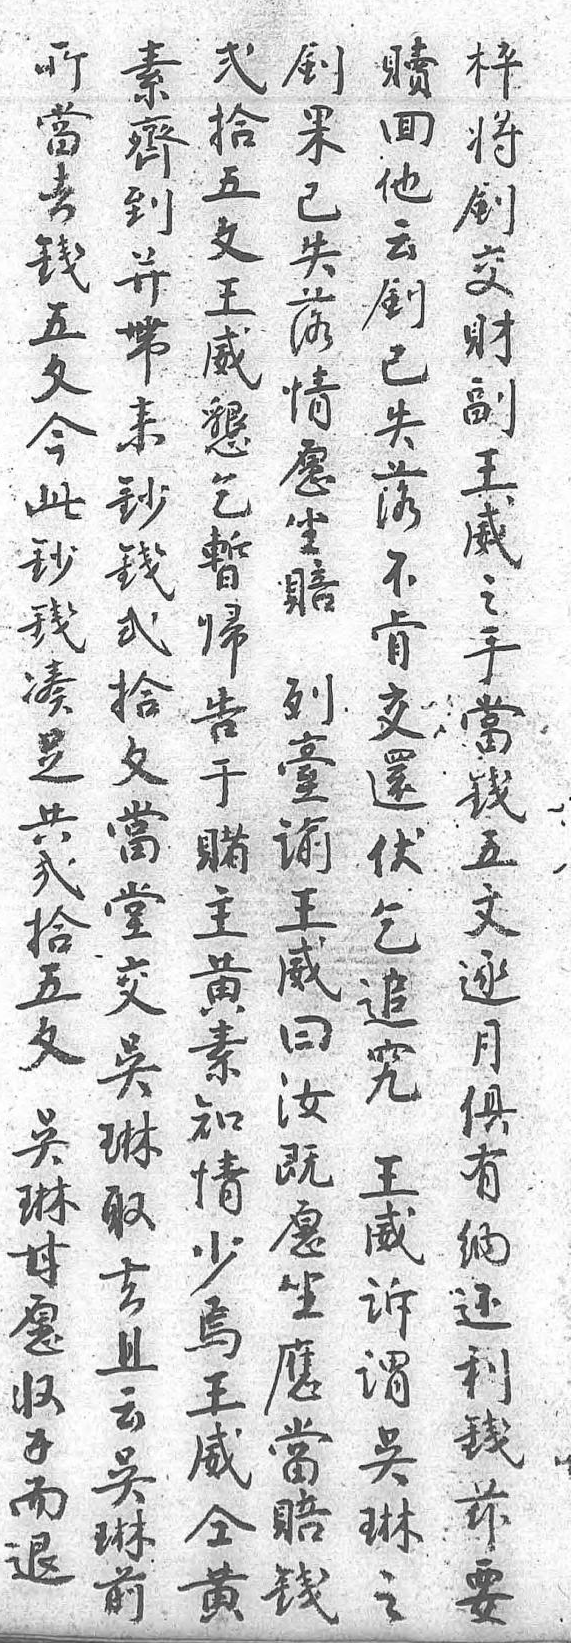
貳贖枰所素劍拾回將當齊果五他劍去到已文云交錢並失王劍財五帶落威已副文來情懇失王今鈔願乞落威此錢坐暫不之鈔貳賠歸肯手錢拾列告交當湊文臺於還錢足當諭賭伏五共堂王主乞文貳交威黄追逐拾吴曰素究月五琳汝知 俱文取既情王有吴去願少威納琳且坐焉訴還甘云應王謂利願吴當威吴錢收琳賠仝琳兹錢前錢黄之要而     退